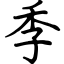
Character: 季